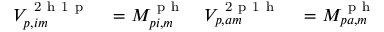
\begin{array} { r l r l } { V _ { p , i m } ^ { \mathrm { ~ 2 ~ h ~ 1 ~ p ~ } } } & { { } = M _ { p i , m } ^ { \mathrm { ~ p ~ h ~ } } } & { V _ { p , a m } ^ { \mathrm { ~ 2 ~ p ~ 1 ~ h ~ } } } & { { } = M _ { p a , m } ^ { \mathrm { ~ p ~ h ~ } } } \end{array}